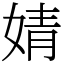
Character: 婧